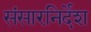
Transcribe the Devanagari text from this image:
संसारनिर्देश